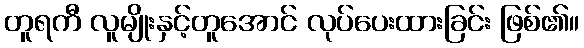
တူရကီ လူမျိုးနှင့်တူအောင် လုပ်ပေးထားခြင်း ဖြစ်၏။